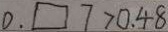
0 . \square > 0 . 4 8